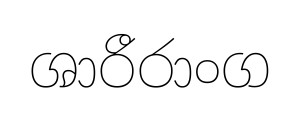
ශාරීරාංග